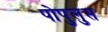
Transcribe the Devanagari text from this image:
पोपुलुस